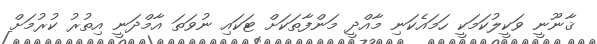
ޤާނޫނީ ވަކީލުކަމަކީ ހަމައެކަނި މާއްދީ މަންފާތަކަށް ޓަކައި ނުވަތަ އާމްދަނީ އިތުރު ކުރުމަށް